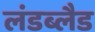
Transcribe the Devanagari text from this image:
लंडब्लैड